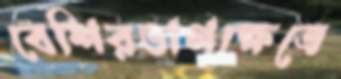
বেশিরভাগক্ষেত্রে